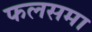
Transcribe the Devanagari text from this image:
फलसमा